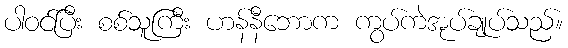
ပါဝင်ပြီး စစ်သူကြီး ဟန်နီဘောက ကွပ်ကဲအုပ်ချုပ်သည်။